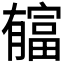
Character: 𣎬